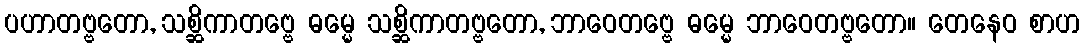
ပဟာတဗ္ဗတော, သစ္ဆိကာတဗ္ဗေ ဓမ္မေ သစ္ဆိကာတဗ္ဗတော, ဘာဝေတဗ္ဗေ ဓမ္မေ ဘာဝေတဗ္ဗတော။ တေနေဝ စာဟ